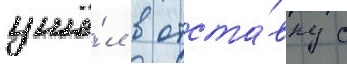
ушё́л в отста́вку с